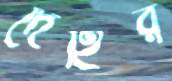
দেহির